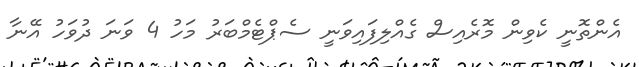
އެންތޮނީ ކެވިން މޮރެއިސް ގެއްލިފައިވަނީ ސެޕްޓެމްބަރު މަހު 4 ވަނަ ދުވަހު އޭނާ